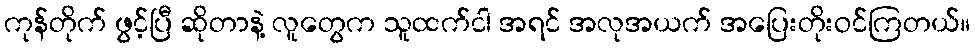
ကုန်တိုက် ဖွင့်ပြီ ဆိုတာနဲ့ လူတွေက သူထက်ငါ အရင် အလုအယက် အပြေးတိုးဝင်ကြတယ်။